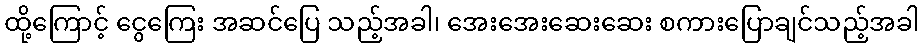
ထို့ကြောင့် ငွေကြေး အဆင်ပြေ သည့်အခါ၊ အေးအေးဆေးဆေး စကားပြောချင်သည့်အခါ